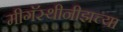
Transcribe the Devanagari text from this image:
मीगॅस्थीनीझच्या